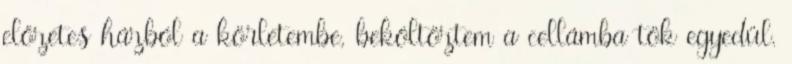
előzetes házból a körletembe, beköltöztem a cellámba tök egyedül.